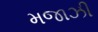
મજાઝી